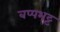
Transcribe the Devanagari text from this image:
बप्पभट्ट